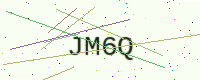
Text: JM6Q